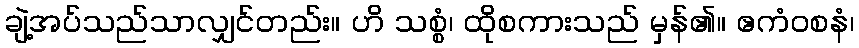
ချဲ့အပ်သည်သာလျှင်တည်း။ ဟိ သစ္စံ၊ ထိုစကားသည် မှန်၏။ ဧကံဝစနံ၊